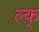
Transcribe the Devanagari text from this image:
ल्क्